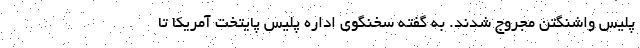
پلیس واشنگتن مجروج شدند. به گفته سخنگوی اداره پلیس پایتخت آمریکا تا